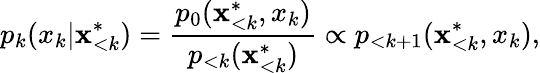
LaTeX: p_{k}(x_{k}|\mathbf{x}_{<k}^{*})=\frac{p_{0}(\mathbf{x}_{<k}^{*},x_{k})}{p_{<k}(\mathbf{x}_{<k}^{*})}\propto p_{<k+1}(\mathbf{x}_{<k}^{*},x_{k}),